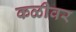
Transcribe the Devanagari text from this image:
कळीवर